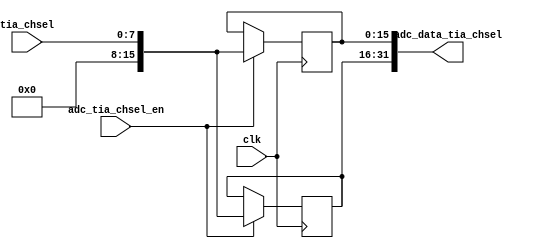
// ***************************************************************************
// ***************************************************************************
// Copyright (C) 2019-2023 Analog Devices, Inc. All rights reserved.
//
// In this HDL repository, there are many different and unique modules, consisting
// of various HDL (Verilog or VHDL) components. The individual modules are
// developed independently, and may be accompanied by separate and unique license
// terms.
//
// The user should read each of these license terms, and understand the
// freedoms and responsibilities that he or she has by using this source/core.
//
// This core is distributed in the hope that it will be useful, but WITHOUT ANY
// WARRANTY; without even the implied warranty of MERCHANTABILITY or FITNESS FOR
// A PARTICULAR PURPOSE.
//
// Redistribution and use of source or resulting binaries, with or without modification
// of this file, are permitted under one of the following two license terms:
//
//   1. The GNU General Public License version 2 as published by the
//      Free Software Foundation, which can be found in the top level directory
//      of this repository (LICENSE_GPL2), and also online at:
//      <https://www.gnu.org/licenses/old-licenses/gpl-2.0.html>
//
// OR
//
//   2. An ADI specific BSD license, which can be found in the top level directory
//      of this repository (LICENSE_ADIBSD), and also on-line at:
//      https://github.com/analogdevicesinc/hdl/blob/master/LICENSE_ADIBSD
//      This will allow to generate bit files and not release the source code,
//      as long as it attaches to an ADI device.
//
// ***************************************************************************
// ***************************************************************************

`timescale 1ns/100ps

module util_tia_chsel #(

  parameter DATA_WIDTH = 32
) (
  input                        clk,

  input                        adc_tia_chsel_en,
  output      [DATA_WIDTH-1:0] adc_data_tia_chsel,

  input       [ 7:0]           tia_chsel
);

  (* keep = "TRUE" *)reg         [DATA_WIDTH-1:0] adc_data_tia_chsel_int;

  genvar i;
  generate
    for (i=0; i<DATA_WIDTH/16; i=i+1) begin : gen_tia_chsel_samples
      always @(posedge clk) begin
        if (adc_tia_chsel_en)
          adc_data_tia_chsel_int[i*16+:16] <= {8'h0, tia_chsel};
      end
    end
  endgenerate
  assign adc_data_tia_chsel = adc_data_tia_chsel_int;

endmodule